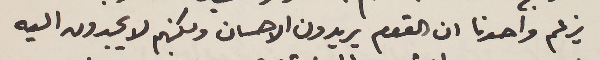
يزعم واحدنا ان القوم يريدون الاحسان ولكنهم لا يجدون اليه